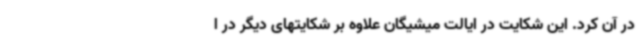
در آن کرد. این شکایت در ایالت میشیگان علاوه بر شکایتهای دیگر در ا